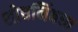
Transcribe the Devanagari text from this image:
शोधनिंबधा